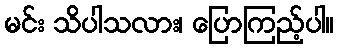
မင်း သိပါသလား၊ ပြောကြည့်ပါ။